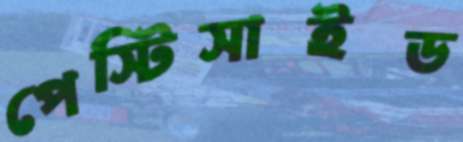
পেস্টিসাইড